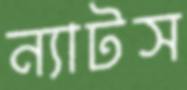
ন্যাটস